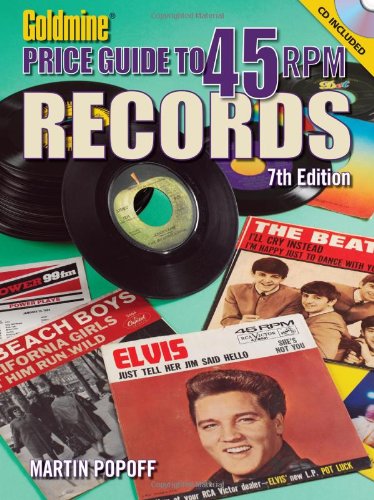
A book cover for Goldmine Price Guide to 45 RPM Records, 7th Edition; Martin Popoff; Crafts, Hobbies & Home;